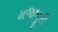
મજબૂરી